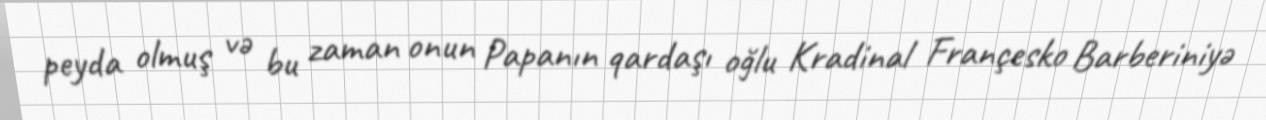
peyda olmuş və bu zaman onun Papanın qardaşı oğlu Kradinal Françesko Barberiniyə